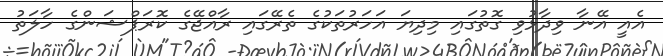
އެއީ އޭނާ ވިދާޅުވި ގޮތުގައި މިދިޔަ އަހަރުތަކުގެ ތެރޭގައި ރާއްޖޭގެ ކޮރަޕްޝަންގެ ހާލަތު